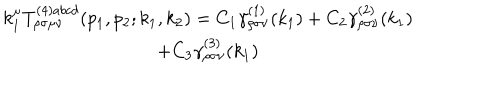
\begin{array} { c } { { k _ { 1 } ^ { \mu } T _ { \rho \sigma \mu \nu } ^ { ( 4 ) a b c d } ( p _ { 1 } , p _ { 2 } ; k _ { 1 } , k _ { 2 } ) = C _ { 1 } \gamma _ { \rho \sigma \nu } ^ { ( 1 ) } ( k _ { 1 } ) + C _ { 2 } \gamma _ { \rho \sigma \nu } ^ { ( 2 ) } ( k _ { 1 } ) } } \\ { { + C _ { 3 } \gamma _ { \rho \sigma \nu } ^ { ( 3 ) } ( k _ { 1 } ) } } \\ \end{array}